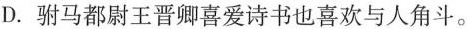
D.驸马都尉王晋卿喜爱诗书也喜欢与人角斗。